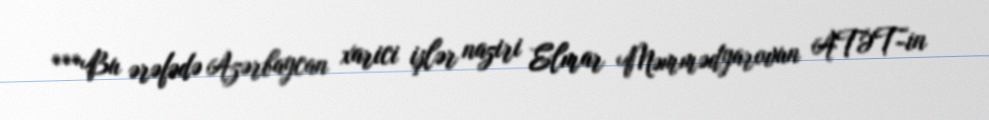
***Bu ərəfədə Azərbaycan xarici işlər naziri Elmar Məmmədyarovun ATƏT-in